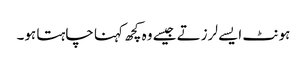
ہونٹ ایسے لرزتے جیسے وہ کچھ کہنا چاہتا ہو۔